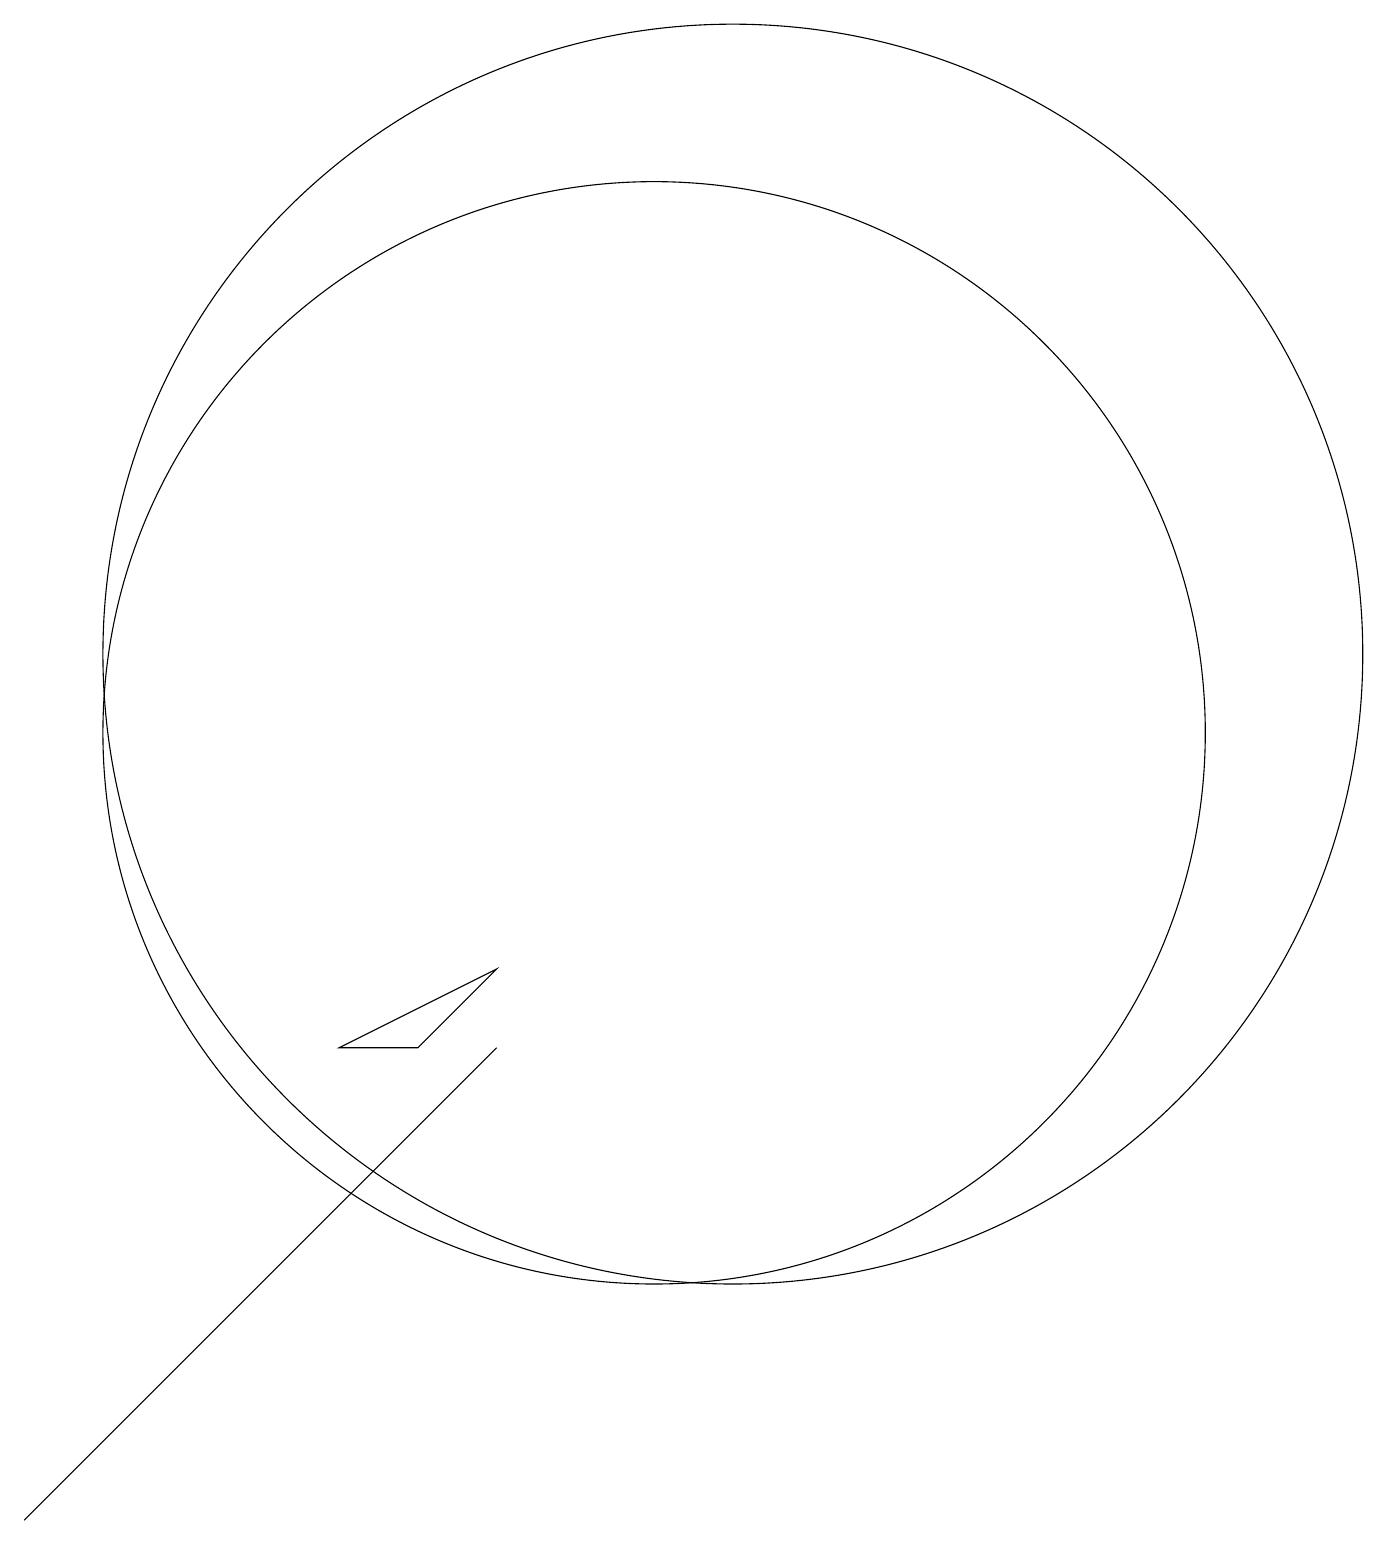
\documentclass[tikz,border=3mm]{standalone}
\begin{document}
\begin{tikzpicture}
\draw (11,12) circle (0);
\draw (3,0) -- (9,6) -- (8,5) -- cycle;
\draw (11,10) circle (7);
\draw (12,11) circle (8);
\draw (8,6) -- (7,6) -- (9,7) -- cycle;
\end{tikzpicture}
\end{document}